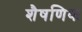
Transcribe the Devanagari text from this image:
शैषणिक